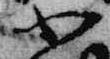
小